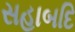
સહાબદિ